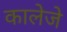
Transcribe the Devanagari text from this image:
कालेजे